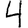
Digit: 4